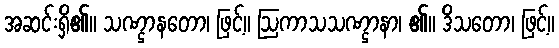
အဆင်းရှိ၏။ သဏ္ဌာနတော၊ ဖြင့်။ ဩကာသသဏ္ဌာနာ၊ ၏။ ဒိသတော၊ ဖြင့်။